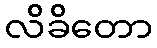
လိခိတော